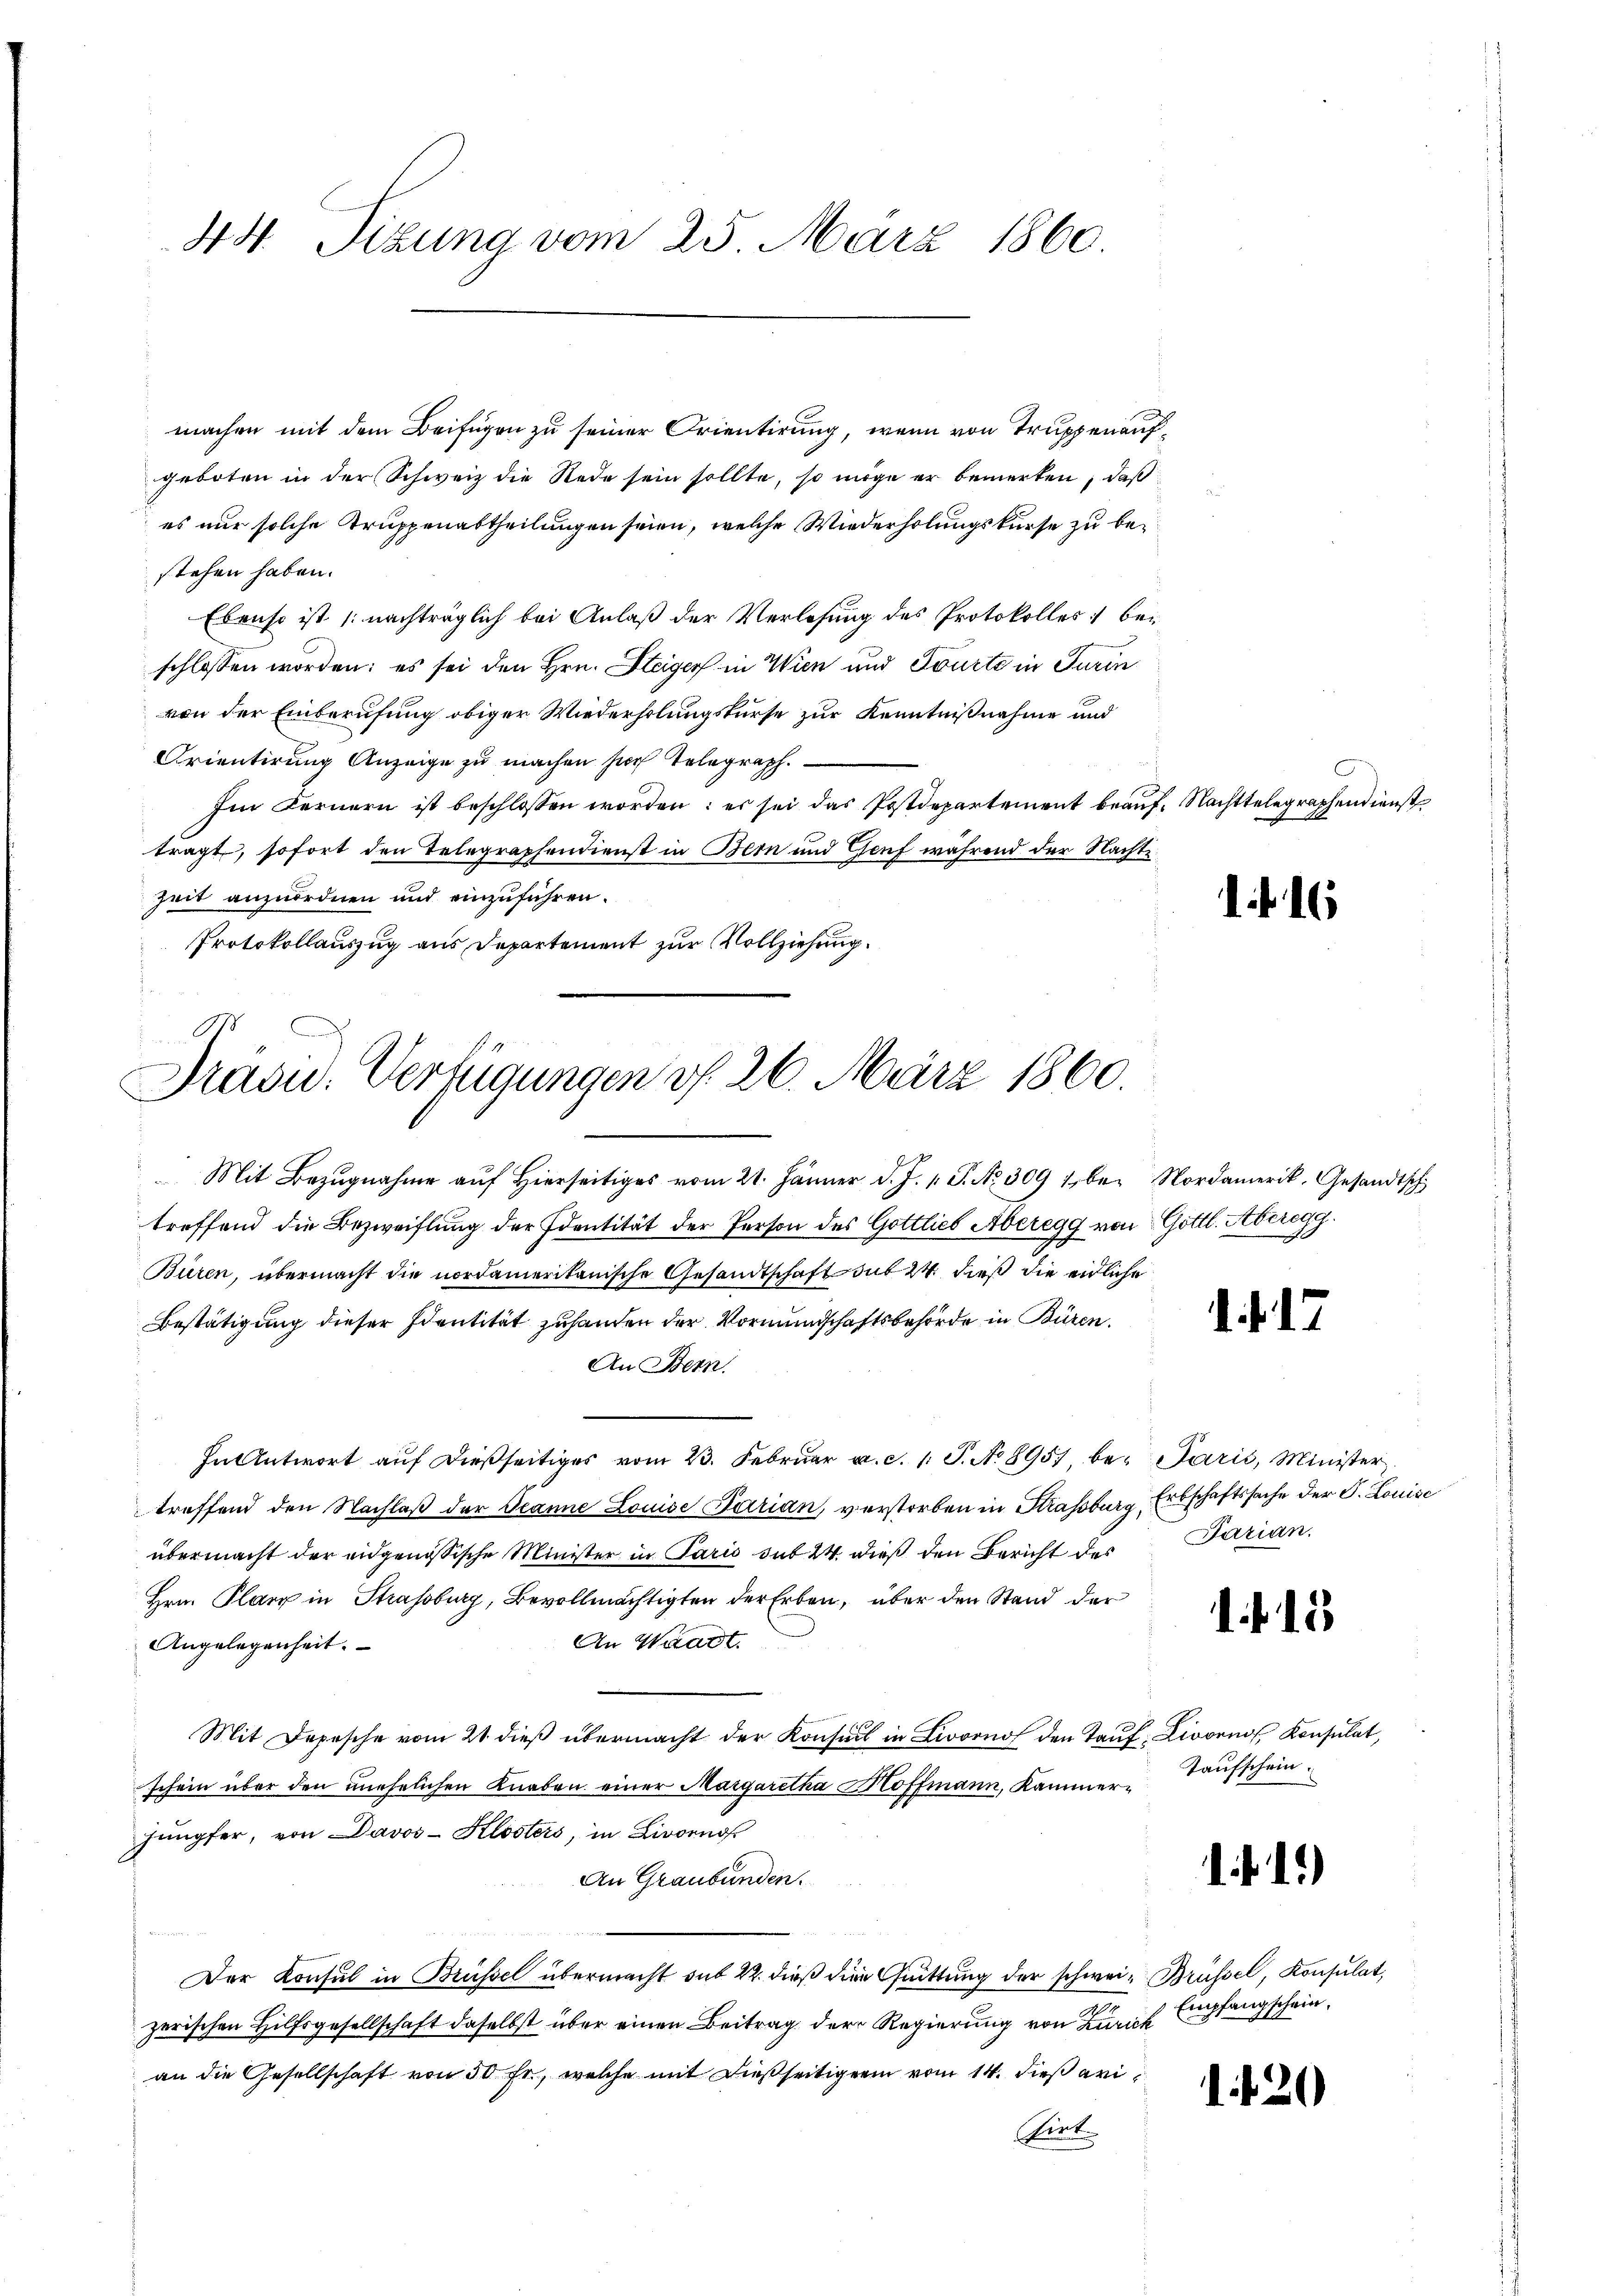
44. Sizung vom 25. März 1860.

machen mit dem Beifügen zu seiner Orientirung, wenn von Truppenaufgeboten in der Schweiz die Rede sein sollte, so möge er bemerken, daß
es nur solche Truppenabtheilungen seien, welche Wiederholungskurse zu bestehen haben.
Ebenso ist /: nachträglich bei Anlaß der Verlesung des Protokolles bei
schlossen worden; es sei den Hrn. Steiger in Wien und Tourte in Turin
von der Einberufung obiger Wiederholungskurse zur Kenntnißnahme und
Orientirung Anzeige zu machen sich telegraph.
Im Fernern ist beschlossen worden: es sei das Postdepartement beaŭf. Nachttelegraphendienst
tragt, sofort den Telegraphendienst in Bern und Genf während der Nachte.
Zeit anzuordnen und einzuführen.
Protokollauszug aus Departement zur Vollziehung.

Präsu. Verfügungen v. 26. März 1860.

Mit Bezŭgnahme aŭf hierseitiges vom 21. Jänner d. J. 1. P. Nr. 309 16. Nordamerik. Gesandtsch
treffend die Bezweiflung der Identität der Person des Gottlieb Aberegg von Gottl. Aberegg.
Büren, übermacht die nordamerikanische Gesandtschaft sub 24 dieß die eidliche
Bestätigung dieser Identität zuhanden der Vormundschaftsbehörde in Büren.
An Bern.
In Antwort aŭf dießseitiges vom 23. Febrŭar a. c. 1 S. N. 8951, be- Paris, Minister
treffend den Nachlaß der Jeanne Louise Parian, verstorben in Strassburg, Erbschaftssache der S. Louise
übermacht der eidgenössische Minister in Paris sub 24. dieß den Bericht des Tarian.
Hrn. Planz in Strassburg, Bevollmächtigten der Erben, über den Stand der
An Waadt.
Angelegenheit.
Mit Depesche vom 21. dieβ übermacht der Konsul in Livorno den Tauf: Livorno, Konsulat,
schein über den unehelichen Knaben einer Margaretha Hoffmann, Kammerjüngfer, von Davos-Klosters, in Livornof
An Graubünden.
.
Der Konsul in Brüssel übermacht sub 22. dieß die Guittung der schwei- Brüssel, Konsulat,
zerischen Hilfsgesellschaft daselbst über einen Beitrag der Regierung von Zürich
an die Gesellschaft von 50 Fr., welche mit dießseitigerin vom 14. dieß ari¬
Kert

. f. 18

Taufschein.

f.1)

Empfangschein.

120